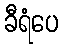
ခီရံပေ